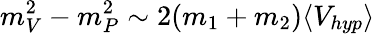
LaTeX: m_{V}^{2}-m_{P}^{2}\sim 2(m_{1}+m_{2})\langle V_{hyp}\rangle